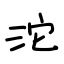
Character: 沱